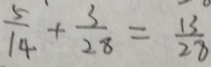
\frac { 5 } { 1 4 } + \frac { 3 } { 2 8 } = \frac { 1 3 } { 2 8 }